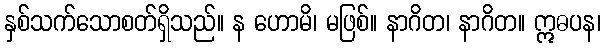
နှစ်သက်သောစတ်ရှိသည်။ န ဟောမိ၊ မဖြစ်။ နာဂိတ၊ နာဂိတ။ ဣဓပန၊